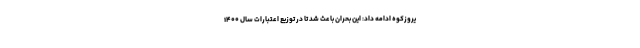
یروزکوه ادامه داد: این بحران باعث شد تا در توزیع اعتبارات سال ۱۴۰۰